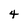
Character: 4